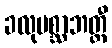
ခလုပစ္ဆာဘတ္တီ